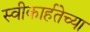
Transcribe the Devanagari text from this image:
स्वीकार्हतेच्या